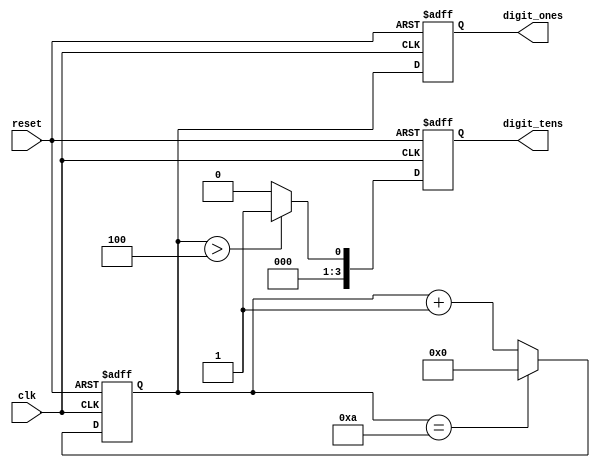
module bcd_counter(
  input wire clk,
  input wire reset,
  output reg [3:0] digit_ones,
  output reg [3:0] digit_tens
);

reg [3:0] counter;

always @(posedge clk or posedge reset) begin
  if (reset) begin
    counter <= 4'b0000;
    digit_ones <= 4'b0000;
    digit_tens <= 4'b0000;
  end else begin
    counter <= counter + 1;
    if (counter == 4'b1010) begin
      counter <= 4'b0000;
    end
    digit_ones <= counter[3:0];
    digit_tens <= counter[3:0] > 4'd4 ? 4'b0001 : 4'b0000;
  end
end

endmodule